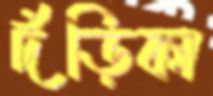
দঁড়িকা